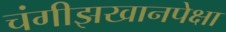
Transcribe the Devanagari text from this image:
चंगीझखानपेक्षा